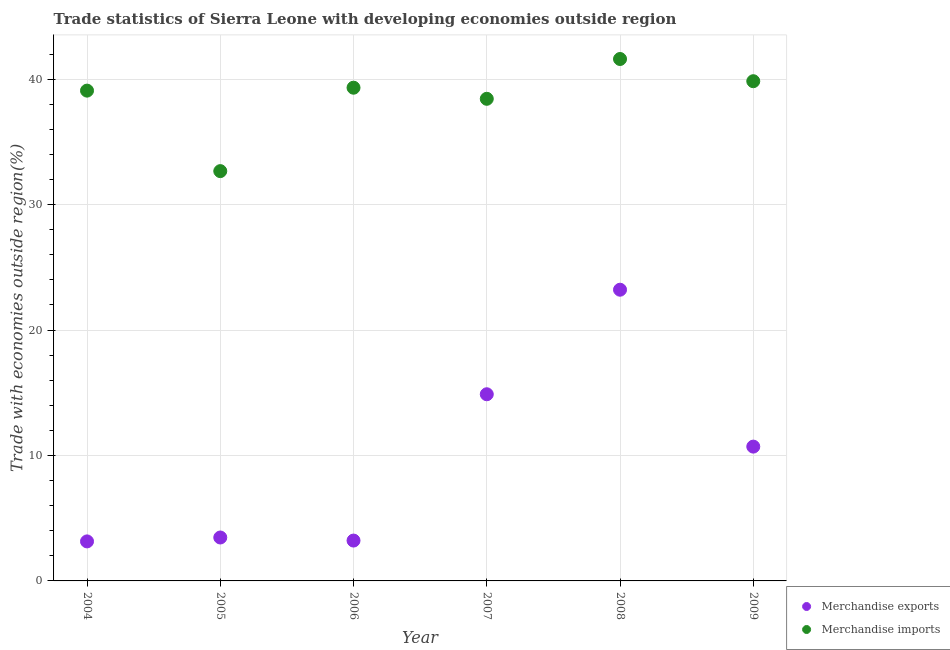
| Year | Merchandise exports | Merchandise imports |
 | --- | --- | --- |
 | 2004 | 3.15 | 39.1 |
 | 2005 | 3.46 | 32.7 |
 | 2006 | 3.22 | 39.3 |
 | 2007 | 14.9 | 38.4 |
 | 2008 | 23.2 | 41.6 |
 | 2009 | 10.7 | 39.8 |